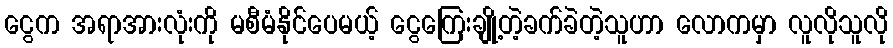
ငွေက အရာအားလုံးကို မစီမံနိုင်ပေမယ့် ငွေကြေးချို့တဲ့ခက်ခဲတဲ့သူဟာ လောကမှာ လူလိုသူလို